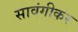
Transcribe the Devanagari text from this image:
सावंगीकर